Medical and sanitary report of the native army of Bengal for the year
Year: 1874
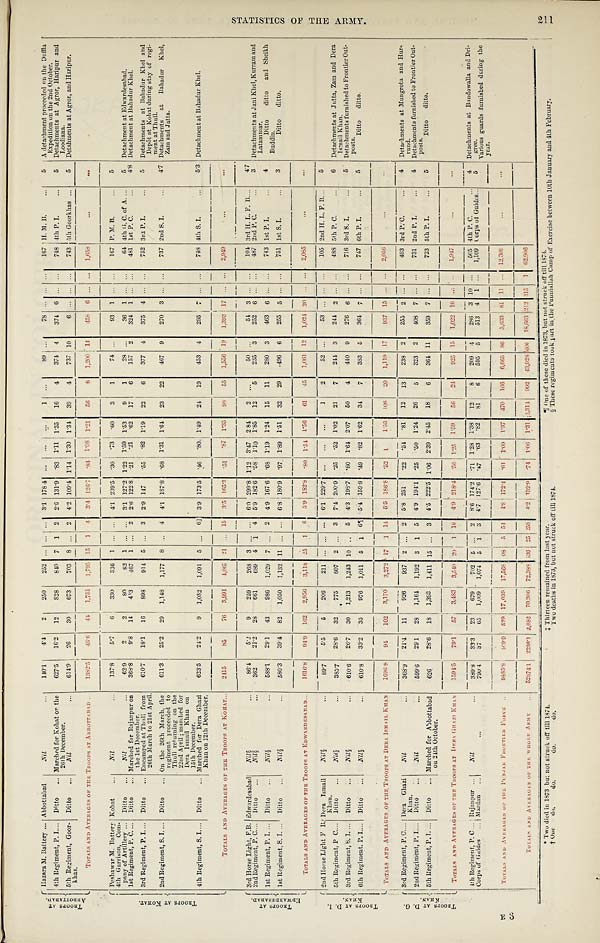
* Two died in 1873 butnot struck off till 1874.
†One do.
do.
do.
do.
‡Thi rt een remai ned from l ast year.
Two deaths in 1873, but not struck off till 1874.
§ T h e s e r e g i m e n t s t o o k p a r t i n t h e P u n n i a l l a h C a m p o f E x e r c i s e b e t w e e n 1 0 t h J a n u a r y a n d 4 t h F e b t u a r y .
T R O O P S A T A B B O T T A B A D .
Hazara M Battery
Abbottabad
N i l
1 4 0 . 1
4 . 4
2
2 5 0
2 5 2
. . .
. . . . . .
3 . 1 1 7 8 . 4
. . .
. . .
. . .
1
. . .
8 9 . . .
7 8 . . .
. . .
. . .
1 6 7
H . . M B .
5 A detachment proceeded on the Duffla
T R O O P S A T K O H A T .
4th Regiment, P. I
D i t t o
Marched for Kohat on the 26th December.
6 2 7 . 5
1 6 . 2
1 2
8 2 8
8 4 0 7
1 2 2 . 6
1 3 1 . 9 . 8 3
1 . 1 1
1 . 3 5
1 6
4
3 7 4 4
3 7 4
6 . . .
. . .
7 4 8
4th P. I.
5
Expedition on the 2nd October.
5th Regiment, Goor-
khas.
Ditto
Nil
6 1 4 . 9
2 6
3 0
6 7 3
7 0 3 8
. . .
2 4 . 2 1 0 9 . 4
1 . 1 4
1 . 3 0
1 . 3 4
3 9
4
7 3 7
1 0 6
. . . . . . . . .
7 4 3
5 th Goorkhas
5 Detachments at Agror, and Haripur.
TOTALS AND AVERAGES OF THE TROOPS AT ABBOTTABAD
1 3 8 2 . 5
4 6 . 6
4 4
1 , 7 5 1
1 , 7 9 5
1 5
1 5 3 . 4 1 2 6 . 7
. 8 4
1 . 0 8
1 . 2 1
5 6
8
1 , 2 0 0
1 4
4 5 8
6
. . .
. . .
1 , 6 5 8
. . .
. . .
T R O O P S A T E D W A R D E S A B A D .
Peshawar M. Battery Kohat
N i l
1 3 7 . 8 5 . 7
6
3 3 0
3 3 6
1 . . .
. . .
4 . 1 2 3 9 . 5
. 3 0
. 7 3
. 6 0
3
1
7 4 . . .
9 3
1 . . .
. . .
1 6 7
P . M . B .
5
4th Garrison, Com-
pany of Artillery
Ditto
N i l
6 2 . 9
2
2
8 0
8 2
1 . . . . . .
3 . 1 1 2 7 . 2
1 . 2 2
1 . 5 9
1 . 5 3
9
1
2 8 . . .
3 6
1 . . . . . .
6 4
4th G. C. of A.
5 Detachment at Edwardesabad.
1st Regiment, P. C. Ditto
Marched for Rajanpur on
the lst December.
3 6 8 . 8
9 . 8
1 4
4 . 3
4 6 7
1 . . .
2 2 . 6 1 2 2 . 8
. 2 1
. 2 1
. 6 2
1 7
6
1 5 7
2
3 2 4
1 . . . . . .
4 8 1
1st P. C.
4.8 Detachment at Bahadur Khel.
3rd Regiment, P. I.
Ditto
Encamped at Thull from
26th March to 21st April.
6 1 0 . 7
1 8 . 1
1 6
8 9 8
9 1 4
5 . . .
3 2 . 9 1 4 7
. 5 5
. 8 2 1 . 1 9
2 2
6
3 7 7
4
3 7 5
4 . . . . . .
7 5 2
3rd P. I.
5 Detachments at Bahadur Khel and
Depôt at Kohat during stay of regi
-ment at Thull.
2nd Regiment, S. I.
Ditto
On the 26th March, the
regiment proceeded to
Thull returning on the
22nd April; marched for
Dera Ismail Khan on
15th December.
6 1 1 . 3
2 5 . 2
2 9
1 , 1 4 8
1 , 1 7 7
8
. . .
4 4 . 1 1 8 7 . 8
. 6 8
1 . 3 1
1 . 6 4
2 3
2 2
4 6 7
9
2 7 0
3 . . . . . .
7 3 7
2nd S. I.
4.7 Detachments at Bahadur
Khel, Zam and Jatta.
4th Regiment, S. I.
Ditto
Marched for Dera Ghazi
Khan on 12th December.
6 2 3 . 5
2 4 . 2
9 1 , 0 8 2
1 , 0 9 1
5
. . .
6 3 . 9 1 7 3 . 5
. 4 6
. 8 0
1 . 4 9
2 4
1 9
4 5 3
4
2 9 5
7 . . . . . .
7 4 8
4th S. I.
5.3 Detachment at Bahadur Khel.
TOTALS AND AVERAGES OF THE TROOPS AT KOHAT
2 4 1 5
8 5
7 6
3 , 9 9 1
4 , 0 6 7
2 1 . . .
1 5
3 . 5 1 6 5 . 3
. 5 1
. 8 7
1 . 6 5
9 8
5 5
1 , 5 5 6
1 9
1 , 3 9 3
1 7 . . .
. . .
2 , 9 4 9
. . .
. . .
T R O O P S A T D . I . K H A N .
3rd Horse Light, F.B.
E d w a r d e s a b a d
N i l
§
8 6 . 4
5 . 2
9
2 5 9
2 6 8
3
. . .
. . .
6 . 0
2 9 9 . 8
1 . 1 2
3 . 4 7
2 . 8 4
2 . . .
5 0 . . .
5 4
3 . . . . . .
1 0 4
3rd H. L. F. B.
4.7
2nd Regiment, P. C.
Ditto
Nil§
3 6 2
2 1 . 2
2 8
6 6 1
6 8 9 4
1 4 5 . 9 1 8 2 . 6
. 5 8
1 . 1 0
1 . 8 5
1 2
5
2 3 5 3
2 5 2
6 . . . . . .
4 8 7
2nd P. C.
3 Detachments at J
ani Khel, Kurram and Latammar.
1st Regiment, P. I.
Ditto
Nil§
5 8 8 . 1
2 9 . 1
4 3
9 8 6
1 , 0 2 9
7 . . .
2 4 . 9 1 6 7 . 6
. 6 8 1 . 1 9
1 . 2 4
1 5
1 1
2 8 0
.
4 6 3
6 . . . . . .
7 4 3
1st P. I.
4
Ditto ditto and Sheikh
Buddin.
1st Regiment, S. I.
Ditto
Nil§
5 8 0 . 3
3 9 . 4
8 2
1 , 0 5 0
1 , 1 3 2
1 1 . . . . . .
6 . 8 1 8 0 . 9
. 9 7
1 . 8 9
1 . 5 1
3 2
2 9
. 4 9 6
6
2 5 5
5 . . . . . .
7 5 1
1 s t S . I .
3
Ditto ditto.
TOTALS AND AVERAGES OF THE TROOPS AT EDWARDESABAD
1 6 1 6 . 8
9 4 . 9
1 6 2
2 , 9 5 6
3 , 1 1 8
2 5
1 6 5 . 9 1 8 2 . 8
. 8 0
1 . 5 4
1 . 5 6
6 1
4 5
1 , 0 6 1
1 2
1 , 0 2 4
2 0 . . . . . .
2 , 0 8 5
. . .
. . .
T R O O P S A T D . G . K H A N .
2nd Horse Light F B. Dera Ismail
Khan.
Nil§
8 9 . 7
5 . 5 5
2 0 9
2 1 1
. . . . . . . . .
6 . 1 2 2 9 . 7
. . .
. . .
. . .
1
2
5 2 . . .
5 3 . . . . . . . . .
1 0 5
2nd H. L. F. B.
5
6
5 t h Re g i me n t , P. C. Ditto
N i l
§
3 8 5 . 7
2 8 . 6
3 2
7 7 5
8 0 7
2 . . . 3
7 . 4 2 0 0 . 9
. 2 5
. 5 2
1 . 0 2
2 1
7
2 4 4
3
2 4 4
2 . . .
. . . 4 8 8
5th P. C.
6
D e t a c h m e n t a t J u t t a , Z a m a n d D e r a I s m a i l K h a n .
3 r d Re g i me n t , S. I . Ditto
Nil§
6 1 0 . 6
2 6 . 7
3 0
1 , 2 1 3
1 , 2 4 3
1 0 . . .
5 4 . 3 1 9 8 . 7
. 8 0
1 . 6 4
2 . 0 7
5 0
4
4 4 0
9
2 7 6
6 . . . . . .
7 1 6
3rd S.I.
5
Detachments furnished to Frontier Out-posts.
6t h Re gi me nt , P. I . Ditto
N i l
§
6 1 0 . 8
3 3 . 2
3 5
9 7 6
1 , 0 0 1
5 1 6 ¶
5 . 4 1 5 9 . 8
. 4 9
. 8 2
1 . 6 2
3 4
7
3 8 3
5
3 6 4
7 . . . . . .
7 4 7
6th P.I.
5
Ditto ditto.
T O T A L S A N D A V E R A G E S O F T H E T R O O P S A T D E R A I S M A I L K H A N
1 6 9 6 . 8
9 4
1 0 2
3 , 1 7 0
3 , 2 7 2
1 7
1 1 4
5 . 5 1 8 6 . 8
. 5 2
1
1 . 5 5
1 0 6
2 0
1 , 1 1 9
1 7
9 3 7
1 5 . . . . . .
2 , 0 5 6
...
. . .
3rd Regiment, P.C. Dera Ghazi
Khan.
N i l
3 6 8 . 9
2 1 . 4
1 1
9 2 6
9 3 7
2 . . . 2
5 . 8 2 5 1
. 2 2
. 5 4
. 8 1
1 2
1 3
2 3 8 2
2 5 5
2 . . . . . .
4 9 3
3rd P. C.
4 Detachments at Mungrota and Hur-
rund.
2nd Regiment, P. I.
Ditto
Nil
5 9 9 . 6
2 9 . 1
2 8
1 , 1 6 4
1 , 1 9 2
3 2 5 4 . 9 1 9 4 . 1
. 2 5
. 5 0
1 . 2 5
2 6
5
3 2 3
2
4 0 8
7 . . . . . .
7 3 1
2nd P. I.
4 Detachments furnished to
Frontier Out-posts.
5 t h R e g i m e n t , P . I .
Ditto
Marched for Abbottabad
on 24th October.
6 2 6
2 8 . 6
1 8
1 , 3 9 3
1 , 4 1 1
1 5 . . . 3
4 . 5 2 2 2 . 5
1 . 0 6
2 . 3 9
2 . 4 5
1 8
6
3 6 4
1 1
3 5 9
7 . . . . . .
7 2 3
5th P. I.
5
Ditto ditto.
TOTALS AND AVERAGES OF THE TROOPS AT DERA GHAZI KHAN
1 5 9 4 . 5
7 9 . 1
5 7
3 , 4 8 3
3 , 5 4 0
2 0
1 1 0
4 . 9 2 1 8 . 4
. 5 6 1 . 2 5
1 . 5 9
5 6
2 4
9 2 5
1 5
1 , 0 2 2
1 6 . . . . . .
1 , 9 4 7
. . .
. . .
4 t h Re g i me n t , P . C.
R a j a n p u r
Nil
3 8 9 . 8
3 3 . 3
2 3
6 7 9
7 0 2
5 . . . 2
8 . 6 1 7 4 . 2
. 7 1 1 . 2 8
1 . 3 8
1 2
8
2 0 9
4
2 8 6
3 1 0 . . .
5 0 5
4th P. C.
4 Detachments at Bundowalla and Dri-
gree.
Corps of Guides
M a r d a n
. . .
7 9 0 . 4
3 7
6 5
1 , 0 0 9
1 , 0 7 4
5 1
3
4 . 7 1 2 7 . 6
. 4 7
. 6 3 . 8 1
8 1
6
5 9 5
5 5 1 3
4 1 . . . 1 , 1 0 9
C o r p s o f G u i d e s
5
Various guards furnished during the
year.
TOTALS AND AVERAGES OF THE PUNHAB FRONTIER FORCE
9 5 8 5 . 8
4 6 9 . 9
5 2 9
1 7 , 0 3 9
1 7 , 5 6 8
0 8
5 5 4
4 . 8 1 7 2 . 4
. 6 1
1 . 0 9
1 . 3 7
4 7 0
1 6 6
6 , 6 6 5
8 6
5 , 6 3 3
8 1 1 1 . . .
1 2 , 3 0 9
...
. . .
TOTALS AND AVERAGES OF THE WHOLE ARMY
5 2 8 7 4 . 1
2 2 3 6 . 1
2 , 0 8 2
7 0 , 3 0 6
7 2 , 3 8 8
5 3 6 2 5 2 5 8
4 . 2 1 3 2 . 9
. 7 4
1 . 0 6
1 . 3 1
1 2 , 3 1 4
9 9 2
4 3 , 9 2 8
6 0 6
1 8 , 6 6 3
2 1 2 3 1 5
1 6 2 , 9 0 6
¶ne of these died in 1873, but not struck off till1874.
§ These regiments took art in the Puuniallah Camp of Exercise between 10th January and 4th February.